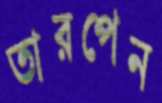
তারপেন